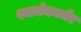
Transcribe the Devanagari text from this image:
श्वार्जनबर्जर